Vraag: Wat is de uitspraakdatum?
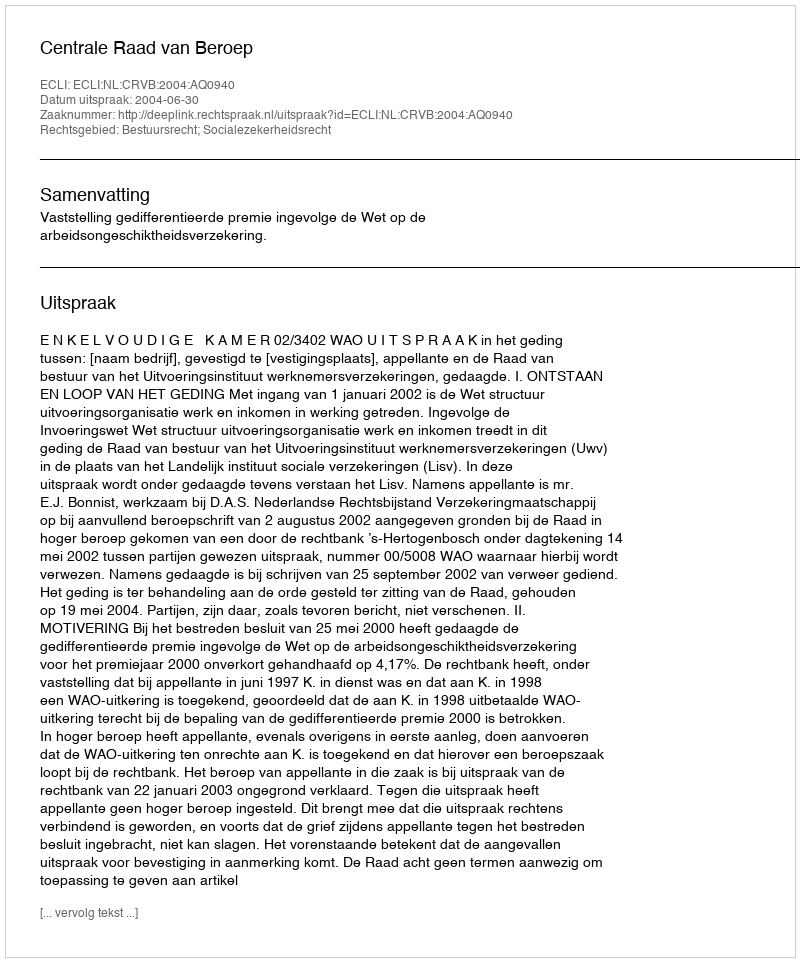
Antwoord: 2004-06-30